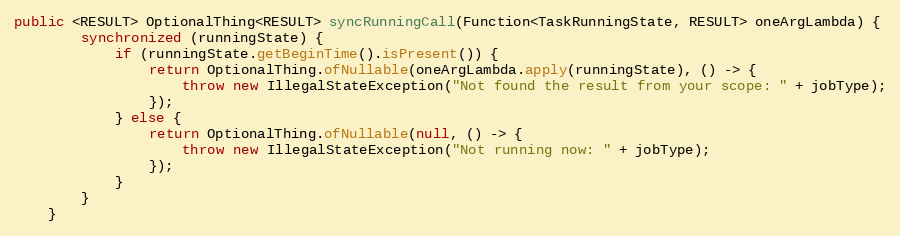
Language: Java
public <RESULT> OptionalThing<RESULT> syncRunningCall(Function<TaskRunningState, RESULT> oneArgLambda) {
        synchronized (runningState) {
            if (runningState.getBeginTime().isPresent()) {
                return OptionalThing.ofNullable(oneArgLambda.apply(runningState), () -> {
                    throw new IllegalStateException("Not found the result from your scope: " + jobType);
                });
            } else {
                return OptionalThing.ofNullable(null, () -> {
                    throw new IllegalStateException("Not running now: " + jobType);
                });
            }
        }
    }